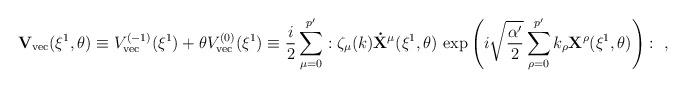
LaTeX: \begin{align*}{\bf V}_{\rm vec}(\xi^{1},\theta) \equiv V^{(-1)}_{\rm vec}(\xi^{1})+\theta V^{(0)}_{\rm vec}(\xi^{1})\equiv \frac{i}{2}\sum_{\mu=0}^{p^{\prime}}: \zeta_{\mu}(k) {\bf \dot{X}}^{\mu}(\xi^{1},\theta) \,\exp\left( i\sqrt{\frac{\alpha^{\prime}}{2}} \sum_{\rho=0}^{p^{\prime}} k_{\rho}{\bf X}^{\rho}(\xi^{1},\theta)\right):~,\end{align*}